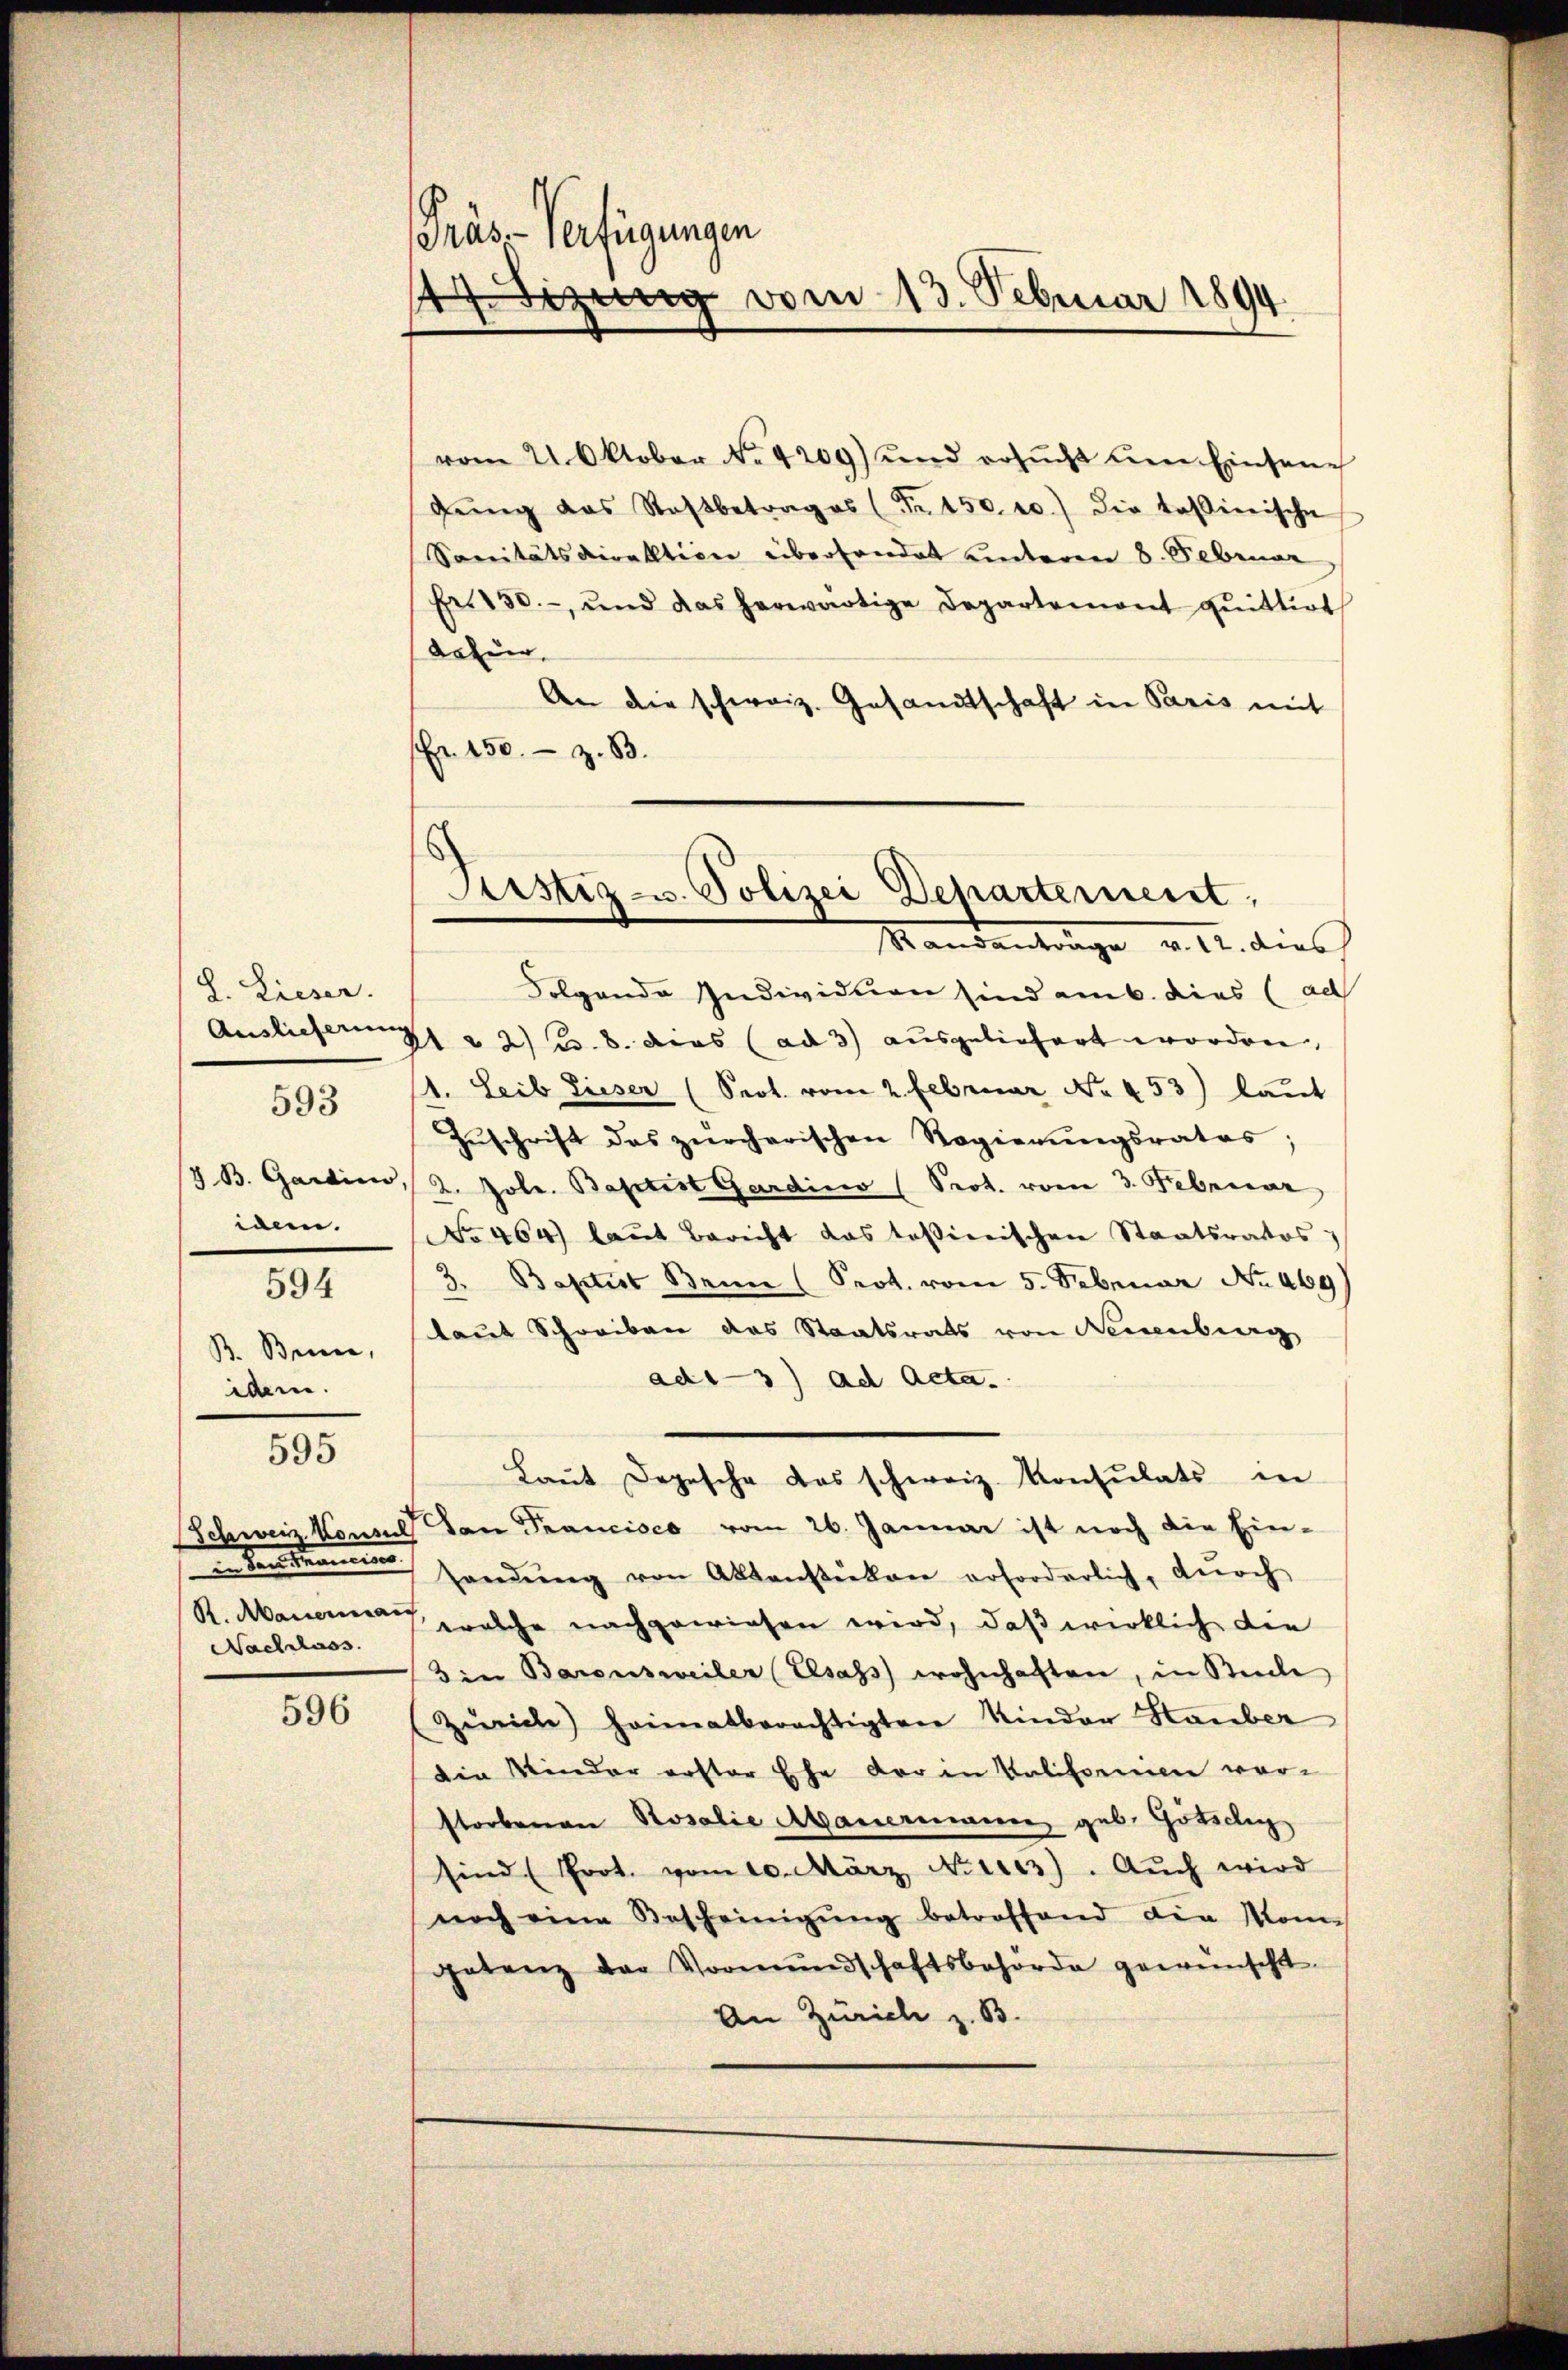
L. Lieser.
3 B. Gardini,
iden.
594
B. Bein,
idem.

593

595

enVersammen
Nachlass

596

Präs-Verfügungen
17 Sizung vom 13. Februar 1894

vom 21. Oktober No. 4209) und ersŭcht den Einsam
gŭng das Roβbetrages (Fr. 150. 10.) Die Tassinische
Sanitätsdirektion überhandet unteren 8. Februar
Fr. 150.- und das herwärtige Departemont quittirt
datur
An die schweiz. Gesandtschaft in Paris mit
pr. 150.- z. B.

Arstiz- u. Polizei Departement,
Standentrage v. 12. dies

Folgende Individuen sind am 6. dies (ad
Auslieferung & 2 Bs. 8. dies (ad 3) ausgeliefert worden,
11. Leib Lieser (Prot. vom 2. Februar No. 453) laut
Zŭschrift des zürcherischen Regierŭngsrates;
2. Jole. Baptist Gardino (Prot. vom 3. Februar
No 464) laut Bericht das tasierischen Staatsratos
3. Baptist Bein (Prot. vom 5. Februar No. 469)
laut Schreiben das Staatsrats von Neuenburg
ad13) ad Acta.
Laŭt Depesche das schweiz. Konsulats in
Schweiz. Konsul dan Francisco vom 26. Januar ist noch die Ein-
handŭng von Aktenstücken erforderlich, dŭrch
R. Marieren, welche nachgewiesen wird, daß wirklich die
Die Baronsweiler (Elsass wohnhaften, in Suche
Zürich) heimatberechtigten Kinder Stauber
die Kinder erster Ehe der in Kalifornien vor-
storbenen Rosalie Mauerinnen geb. Götschy
sind (Prot. vom 10. März No 123). Aŭch wird
noch eine Bescheinigŭng betroffend die Mom
getanz der Vormŭndschaftsbehörde gewünscht.
An Zürich z. B.